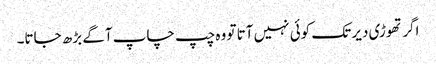
اگر تھوڑی دیر تک کوئی نہیں آتا تو وہ چپ چاپ آگے بڑھ جاتا۔